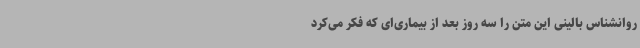
روانشناس بالینی این متن را سه روز بعد از بیماری‌ای که فکر می‌کرد